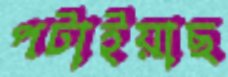
পটাইয়াছ